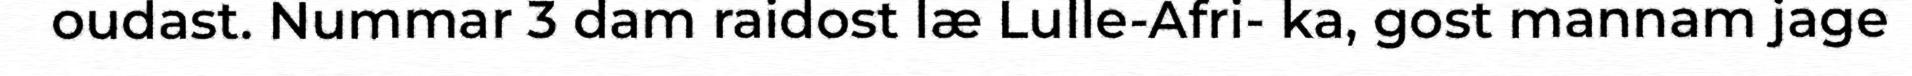
oudast. Nummar 3 dam raidost læ Lulle-Afri- ka, gost mannam jage